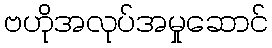
ဗဟိုအလုပ်အမှုဆောင်